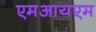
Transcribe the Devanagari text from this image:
एमआयएम